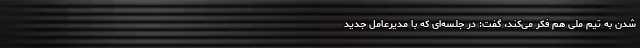
شدن به تیم ملی هم فکر می‌کند، گفت: در جلسه‌ای که با مدیرعامل جدید